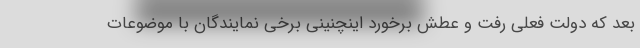
بعد که دولت فعلی رفت و عطش برخورد اینچنینی برخی نمایندگان با موضوعات